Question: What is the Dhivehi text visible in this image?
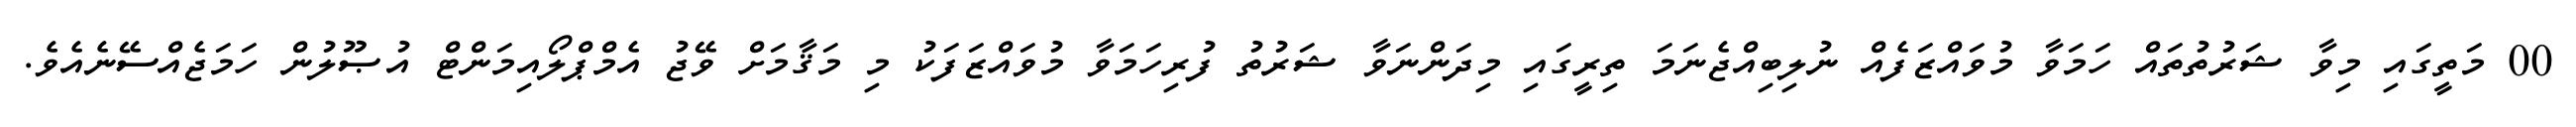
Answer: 00 މަތީގައި މިވާ ޝަރުތުތައް ހަމަވާ މުވައްޒަފެއް ނުލިބިއްޖެނަމަ ތިރީގައި މިދަންނަވާ ޝަރުތު ފުރިހަމަވާ މުވައްޒަފަކު މި މަޤާމަށް ވޭޖު އެމްޕްލޯއިމަންޓް އުޞޫލުން ހަމަޖެއްސޭނެއެވެ.